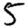
Digit: 5